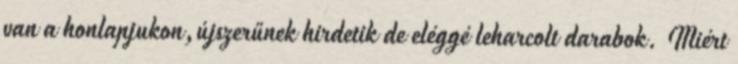
van a honlapjukon,újszerűnek hirdetik de eléggé leharcolt darabok. Miért